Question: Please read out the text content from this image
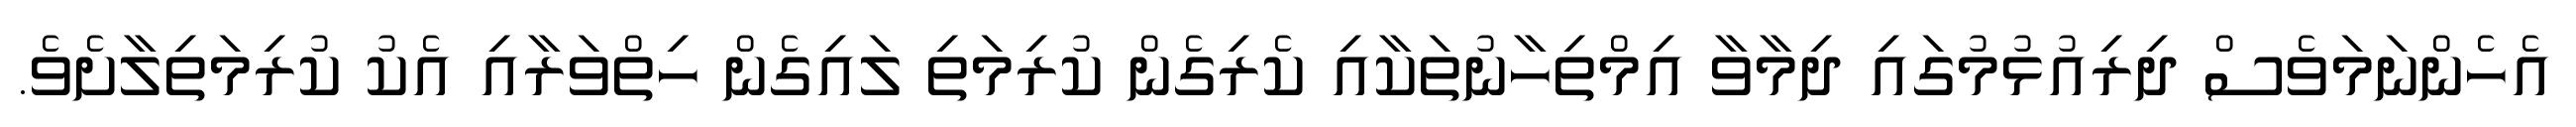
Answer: އެހެންނަމަވެސް ދިރިއުޅުމުގައި ދިމާވާ އިމްތިހާނުތަކާއި ކެރިގެން ކުރިމަތި ލައިގެން ހިތްވަރާއި އެކު ކުރިމަތިލާށެވެ.